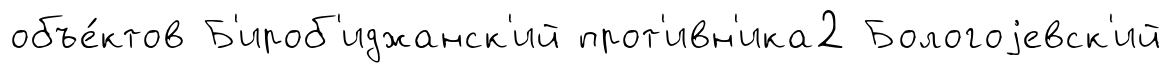
объе́ктов Б'ироб'иджанск'ий прот'ивн'ика2 Бологоjевск'ий